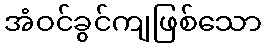
အံဝင်ခွင်ကျဖြစ်သော